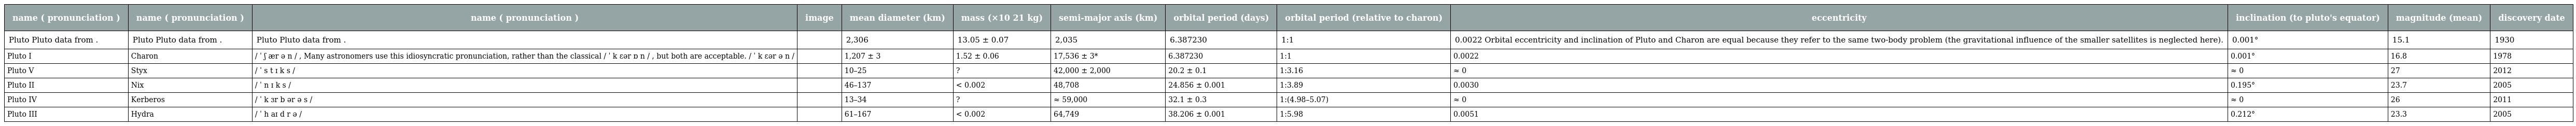
| name ( pronunciation ) | name ( pronunciation ) | name ( pronunciation ) | image | mean diameter (km) | mass (×10 21 kg) | semi-major axis (km) | orbital period (days) | orbital period (relative to charon) | eccentricity | inclination (to pluto's equator) | magnitude (mean) | discovery date |
 | --- | --- | --- | --- | --- | --- | --- | --- | --- | --- | --- | --- | --- |
 | Pluto Pluto data from . | Pluto Pluto data from . | Pluto Pluto data from . |  | 2,306 | 13.05 ± 0.07 | 2,035 | 6.387230 | 1:1 | 0.0022 Orbital eccentricity and inclination of Pluto and Charon are equal because they refer to the same two-body problem (the gravitational influence of the smaller satellites is neglected here). | 0.001° | 15.1 | 1930 |
 | Pluto I | Charon | / ˈ ʃ ær ə n / , Many astronomers use this idiosyncratic pronunciation, rather than the classical / ˈ k ɛər ɒ n / , but both are acceptable. / ˈ k ɛər ə n / |  | 1,207 ± 3 | 1.52 ± 0.06 | 17,536 ± 3* | 6.387230 | 1:1 | 0.0022 | 0.001° | 16.8 | 1978 |
 | Pluto V | Styx | / ˈ s t ɪ k s / |  | 10–25 | ? | 42,000 ± 2,000 | 20.2 ± 0.1 | 1:3.16 | ≈ 0 | ≈ 0 | 27 | 2012 |
 | Pluto II | Nix | / ˈ n ɪ k s / |  | 46–137 | < 0.002 | 48,708 | 24.856 ± 0.001 | 1:3.89 | 0.0030 | 0.195° | 23.7 | 2005 |
 | Pluto IV | Kerberos | / ˈ k ɜr b ər ə s / |  | 13–34 | ? | ≈ 59,000 | 32.1 ± 0.3 | 1:(4.98–5.07) | ≈ 0 | ≈ 0 | 26 | 2011 |
 | Pluto III | Hydra | / ˈ h aɪ d r ə / |  | 61–167 | < 0.002 | 64,749 | 38.206 ± 0.001 | 1:5.98 | 0.0051 | 0.212° | 23.3 | 2005 |